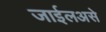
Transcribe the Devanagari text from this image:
जाईलअसे